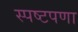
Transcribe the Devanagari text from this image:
स्पष्टपणा